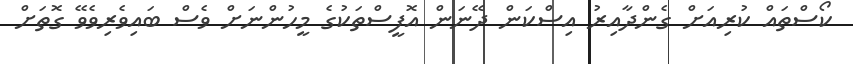
ކޯސްތައް ކުރިއަށް ގެންދާއިރު އިސްކަން ދޭނަން އޮފީސްތަކުގެ މީހުންނަށް ވެސް ބައިވެރިވެވޭ ގޮތަށް